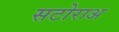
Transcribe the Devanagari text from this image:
सटोराअ